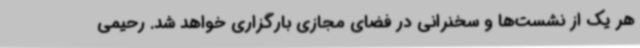
هر یک از نشست‌ها و سخنرانی در فضای مجازی بارگزاری خواهد شد. رحیمی